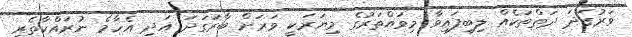
ވަރުގަދަ ދަތްތަކެއް ލިބިފައިވާ މިވައްތަރުގެ މިޔަރަކީ ވަރަށް ބާރުގަދަ އަދި އެހާމެ ނުރައްކާތެރި